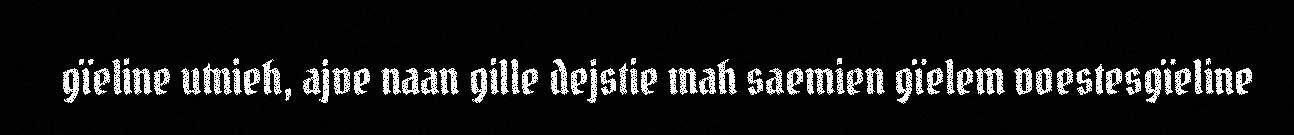
gïeline utnieh, ajve naan gille dejstie mah saemien gïelem voestesgïeline